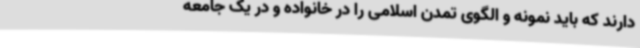
دارند که باید نمونه و الگوی تمدن اسلامی را در خانواده و در یک جامعه